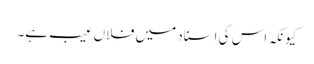
کیونکہ اس کی اسناد میں فلاں عیب ہے۔